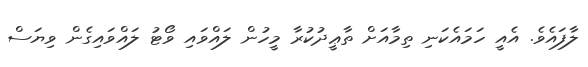
ލާފައެވެ. އެއީ ހަމައެކަނި ތިމާއަށް ތާޢީދުކުރާ މީހުން ލައްވައި ވޯޓު ލައްވައިގެން ވިޔަސް